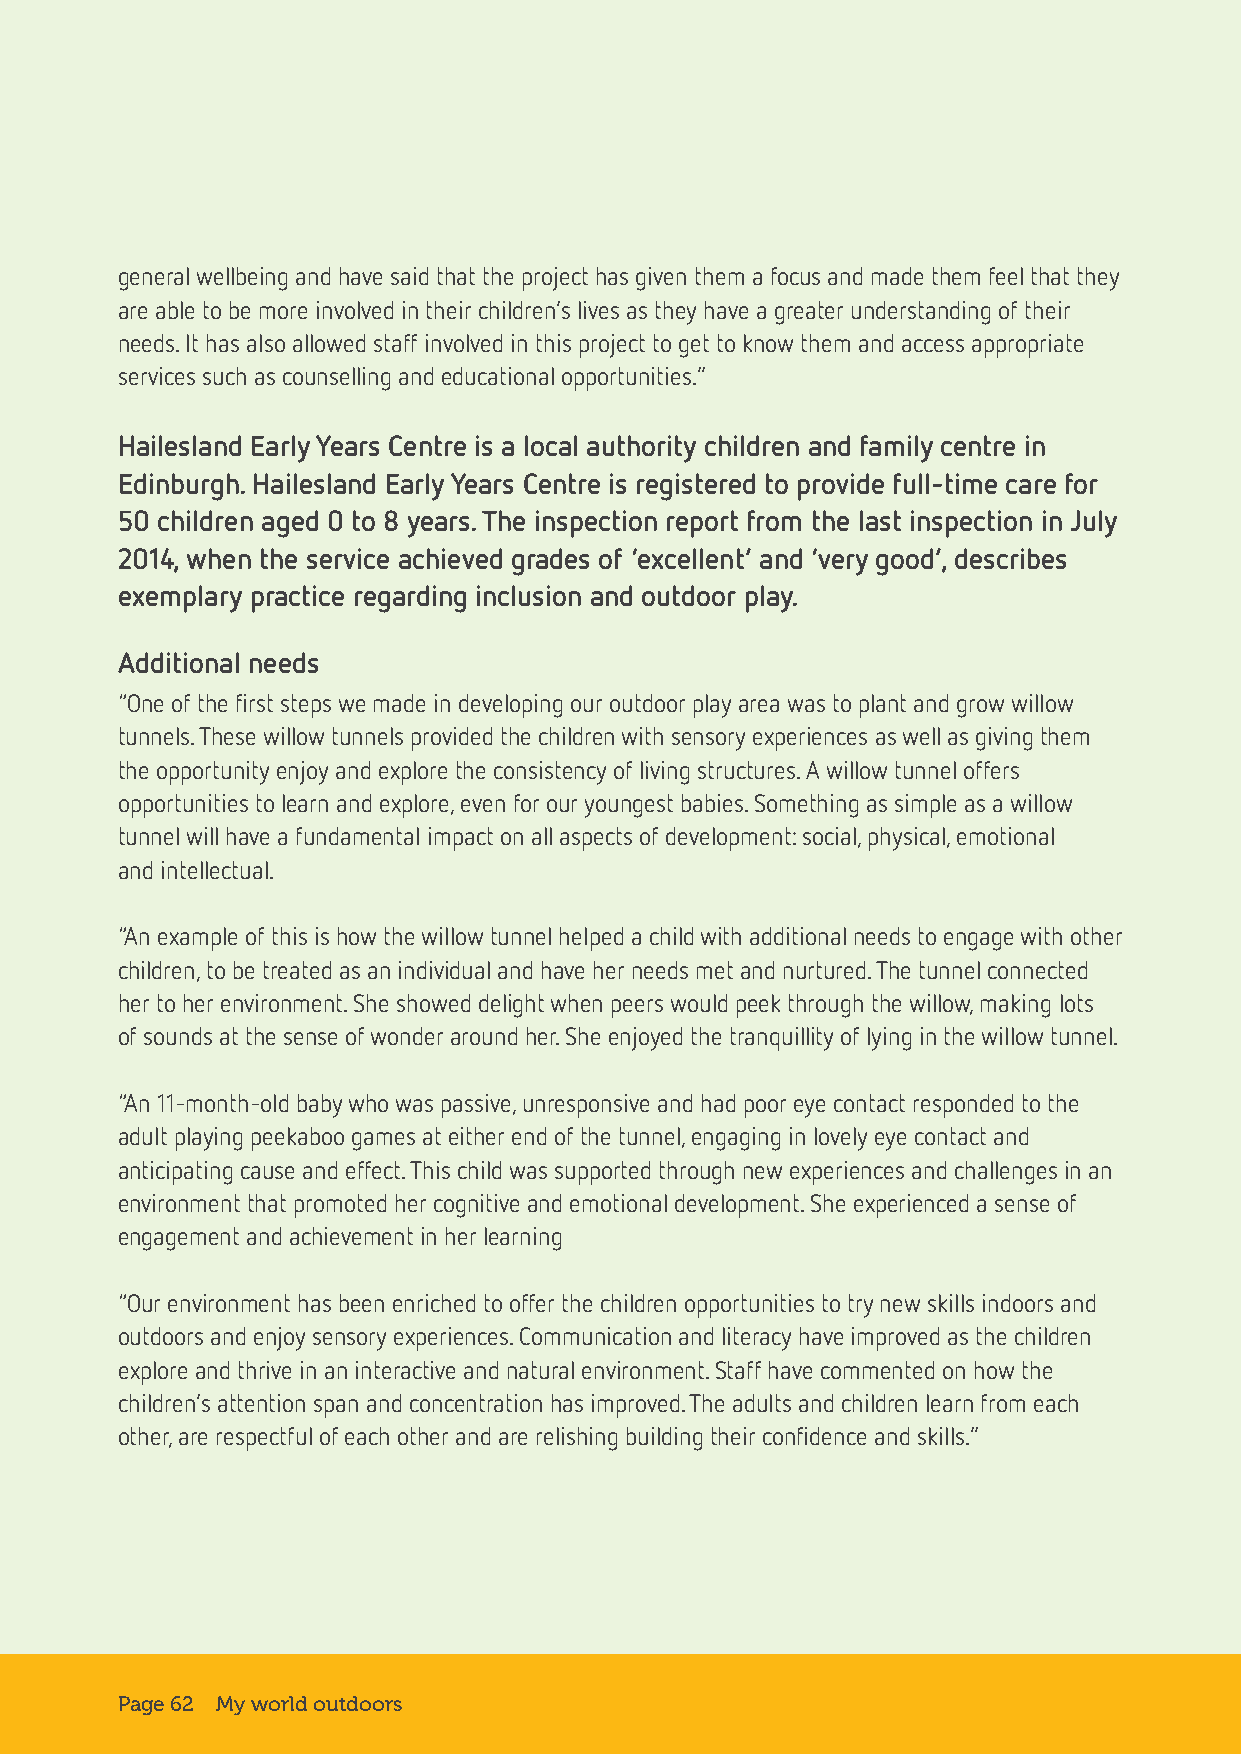
general wellbeing and have said that the project has given them a focus and made them feel that they
 are able to be more involved in their children’s lives as they have a greater understanding of their
 needs. It has also allowed staff involved in this project to get to know them and access appropriate
 services such as counselling and educational opportunities.”
 Hailesland Early Years Centre is a local authority children and family centre in
 Edinburgh. Hailesland Early Years Centre is registered to provide full-time care for
 50 children aged 0 to 8 years. The inspection report from the last inspection in July
 2014, when the service achieved grades of ‘excellent’ and ‘very good’, describes
 exemplary practice regarding inclusion and outdoor play.
 Additional needs
 “One of the first steps we made in developing our outdoor play area was to plant and grow willow
 tunnels. These willow tunnels provided the children with sensory experiences as well as giving them
 the opportunity enjoy and explore the consistency of living structures. A willow tunnel offers
 opportunities to learn and explore, even for our youngest babies. Something as simple as a willow
 tunnel will have a fundamental impact on all aspects of development: social, physical, emotional
 and intellectual.
 “An example of this is how the willow tunnel helped a child with additional needs to engage with other
 children, to be treated as an individual and have her needs met and nurtured. The tunnel connected
 her to her environment. She showed delight when peers would peek through the willow, making lots
 of sounds at the sense of wonder around her. She enjoyed the tranquillity of lying in the willow tunnel.
 “An 11-month-old baby who was passive, unresponsive and had poor eye contact responded to the
 adult playing peekaboo games at either end of the tunnel, engaging in lovely eye contact and
 anticipating cause and effect. This child was supported through new experiences and challenges in an
 environment that promoted her cognitive and emotional development. She experienced a sense of
 engagement and achievement in her learning
 “Our environment has been enriched to offer the children opportunities to try new skills indoors and
 outdoors and enjoy sensory experiences. Communication and literacy have improved as the children
 explore and thrive in an interactive and natural environment. Staff have commented on how the
 children’s attention span and concentration has improved. The adults and children learn from each
 other, are respectful of each other and are relishing building their confidence and skills.”
 Page 62 My world outdoors